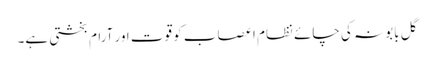
گل بابونہ کی چائے نظام اعصاب کو قوت اور آرام بخشتی ہے۔